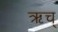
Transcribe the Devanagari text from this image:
ऋच्‌